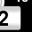
Digit: 2